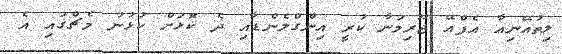
ލިތުއޭނިއާ އެފްއޭ ޖޫރިމަނާ ކުރީ އިންގްލެންޑާއި ދެ ކޮޅަށް ކުޅުނު މެޗްގައި އެ